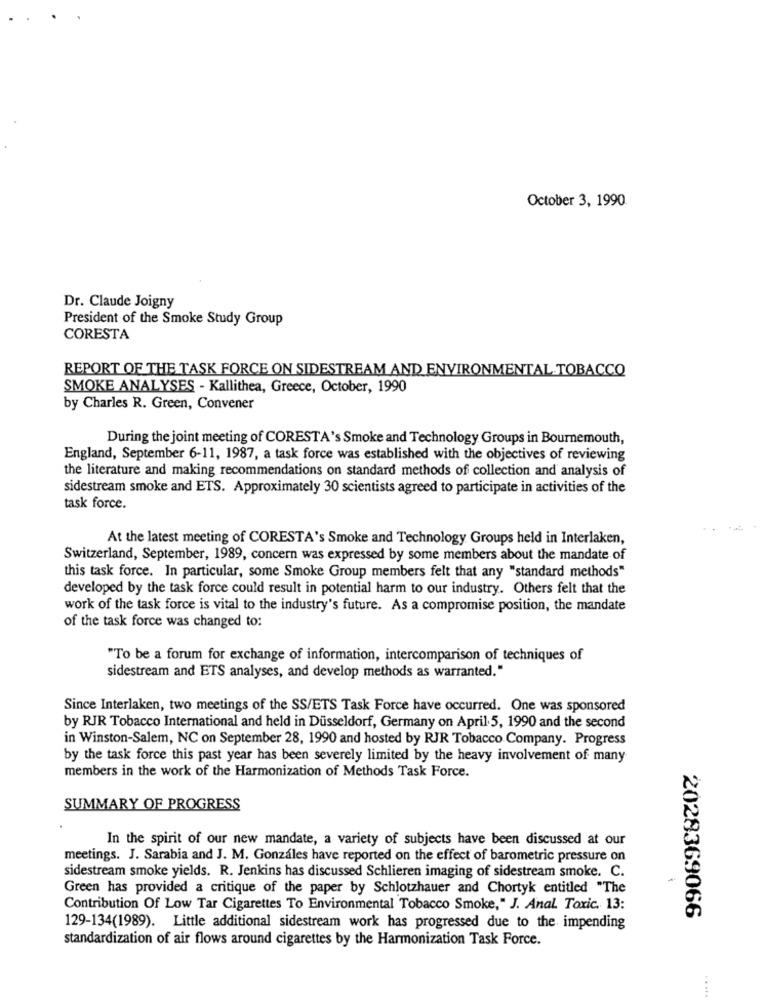
October 3, 1990
Dr. Claude Joigny
President of the Smoke Study Group
CORESTA
REPORT OF THE TASK FORCE ON SIDESTREAM AND ENVIRONMENTAL TOBACCO
SMOKE ANALYSES - Kallithea, Greece, October, 1990
by Charles R. Green, Convener
During the joint meeting of CORESTA's Smoke and Technology Groups in Bournemouth,
England, September 6-11, 1987, a task force was established with the objectives of reviewing
the literature and making recommendations on standard methods of collection and analysis of
sidestream smoke and ETS. Approximately 30 scientists agreed to participate in activities of the
task force.
At the latest meeting of CORESTA's Smoke and Technology Groups held in Interlaken,
Switzerland, September, 1989, concern was expressed by some members about the mandate of
this task force. In particular, some Smoke Group members felt that any "standard methods"
developed by the task force could result in potential harm to our industry. Others felt that the
work of the task force is vital to the industry's future. As a compromise position, the mandate
of the task force was changed to:
"To be a forum for exchange of information, intercomparison of techniques of
sidestream and ETS analyses, and develop methods as warranted."
Since Interlaken, two meetings of the SS/ETS Task Force have occurred. One was sponsored
by RJR Tobacco International and held in Düsseldorf, Germany on April. 5, 1990 and the second
in Winston-Salem, NC on September 28, 1990 and hosted by RJR Tobacco Company. Progress
by the task force this past year has been severely limited by the heavy involvement of many
members in the work of the Harmonization of Methods Task Force.
SUMMARY OF PROGRESS
In the spirit of our new mandate, a variety of subjects have been discussed at our
meetings. J. Sarabia and J. M. Gonzáles have reported on the effect of barometric pressure on
sidestream smoke yields. R. Jenkins has discussed Schlieren imaging of sidestream smoke. C.
Green has provided a critique of the paper by Schlotzhauer and Chortyk entitled "The
Contribution Of Low Tar Cigarettes To Environmental Tobacco Smoke," J. Anal. Toxic. 13:
2028369066
129-134(1989). Little additional sidestream work has progressed due to the impending
standardization of air flows around cigarettes by the Harmonization Task Force.
.....